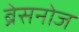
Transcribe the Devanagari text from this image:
ब्रेसनोज